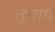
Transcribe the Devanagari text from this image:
वूचांग